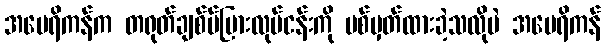
အမေရိကန်က တရုတ်ချစ်ပ်ပြားလုပ်ငန်းကို ပစ်မှတ်ထားခဲ့သလိုပဲ အမေရိကန်